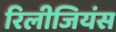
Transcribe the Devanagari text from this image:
रिलीजियंस